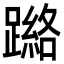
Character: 𮜘